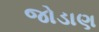
જોડાણ